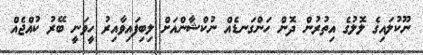
ނޫކުލައިގެ ލޮލުގެ އިތުރުން ދޮން ހަންގަނޑެއް ނުކްޝާންއަށް ލިބިފައިވާއިރު ހީވަނީ ބޭރު ކުއްޖެއް